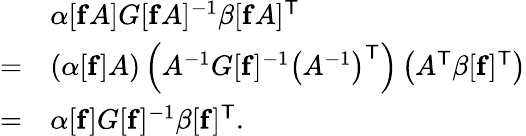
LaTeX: {\begin{array}{rl}&{\alpha[\mathbf{f}A]G[\mathbf{f}A]^{-1}\beta[\mathbf{f}A]^{\mathsf{T}}}\\ {=}&{\left(\alpha[\mathbf{f}]A\right)\left(A^{-1}G[\mathbf{f}]^{-1}\left(A^{-1}\right)^{\mathsf{T}}\right)\left(A^{\mathsf{T}}\beta[\mathbf{f}]^{\mathsf{T}}\right)}\\ {=}&{\alpha[\mathbf{f}]G[\mathbf{f}]^{-1}\beta[\mathbf{f}]^{\mathsf{T}}.}\end{array}}